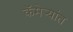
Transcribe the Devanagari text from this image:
कॅमेर्‍यांत